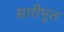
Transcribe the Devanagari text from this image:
सारीपुत्त